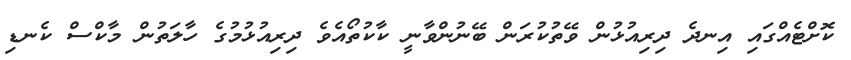
ކޮށްޓެއްގައި އިނދެ ދިރިއުޅުން ވޭތުކުރަން ބޭނުންވާނީ ކާކުތޯއެވެ ދިރިއުޅުމުގެ ހާލަތުން މާކްސް ކެނޑި